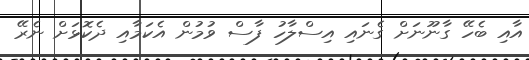
އާއި ބެހޭ ގާނޫނަށް ގެނައި އިސްލާހު ފާސް ވުމުން އެކަމާއި ދެކޮޅަށް ނެރޭ